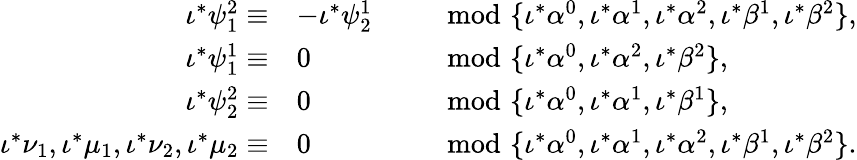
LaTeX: \begin{array}{rlrl}{\iota^{*}\psi_{1}^{2}\equiv}&{-\iota^{*}\psi_{2}^{1}}&&{\mod\{ \iota^{*}\alpha^{0},\iota^{*}\alpha^{1},\iota^{*}\alpha^{2},\iota^{*}\beta^{1},\iota^{*}\beta^{2}\} ,}\\ {\iota^{*}\psi_{1}^{1}\equiv}&{0}&&{\mod\{ \iota^{*}\alpha^{0},\iota^{*}\alpha^{2},\iota^{*}\beta^{2}\} ,}\\ {\iota^{*}\psi_{2}^{2}\equiv}&{0}&&{\mod\{ \iota^{*}\alpha^{0},\iota^{*}\alpha^{1},\iota^{*}\beta^{1}\} ,}\\ {\iota^{*}\nu_{1},\iota^{*}\mu_{1},\iota^{*}\nu_{2},\iota^{*}\mu_{2}\equiv}&{0}&&{\mod\{ \iota^{*}\alpha^{0},\iota^{*}\alpha^{1},\iota^{*}\alpha^{2},\iota^{*}\beta^{1},\iota^{*}\beta^{2}\} .}\end{array}